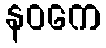
နဝကေ